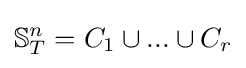
\mathbb {S} _{T}^{n}=C_{1}\cup ...\cup C_{r}